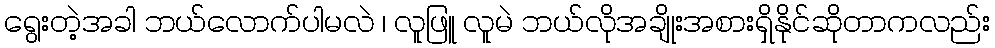
ရွေးတဲ့အခါ ဘယ်လောက်ပါမလဲ ၊ လူဖြူ လူမဲ ဘယ်လိုအချိုးအစားရှိနိုင်ဆိုတာကလည်း